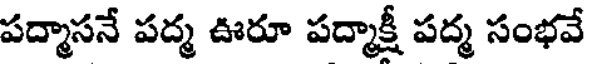
పద్మాసనే పద్మ ఊరూ పద్మాక్షీ పద్మ సంభవే